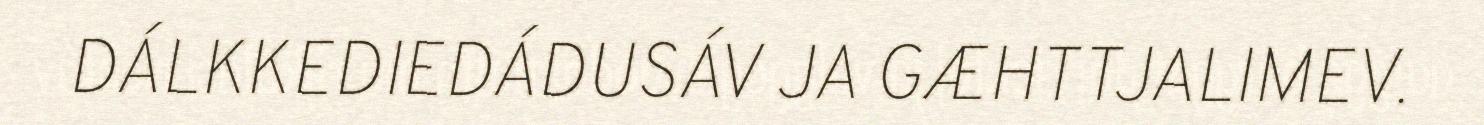
DÁLKKEDIEDÁDUSÁV JA GÆHTTJALIMEV.